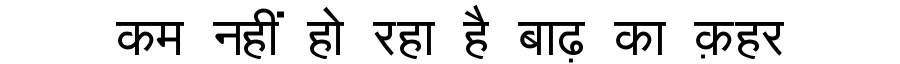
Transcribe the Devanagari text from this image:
कम नहीं हो रहा है बाढ़ का क़हर